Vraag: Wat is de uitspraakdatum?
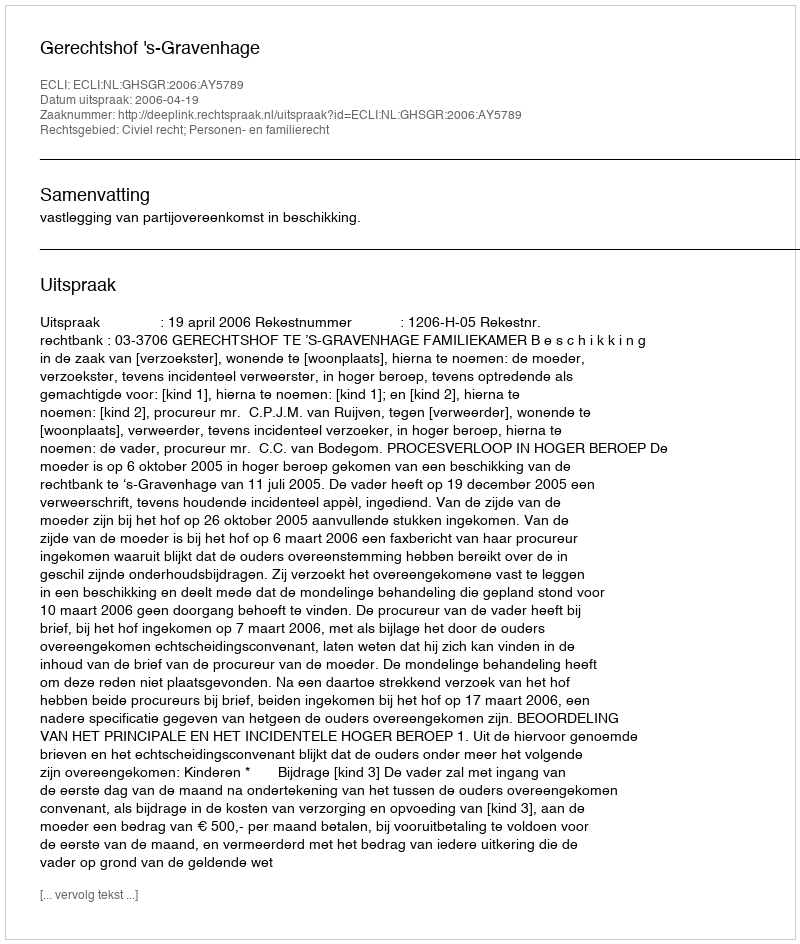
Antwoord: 2006-04-19